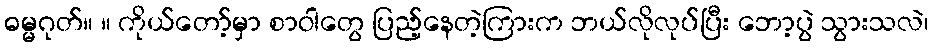
ဓမ္မဂုတ်။ ။ ကိုယ်တော့်မှာ စာဝါတွေ ပြည့်နေတဲ့ကြားက ဘယ်လိုလုပ်ပြီး ဘော့ပွဲ သွားသလဲ၊